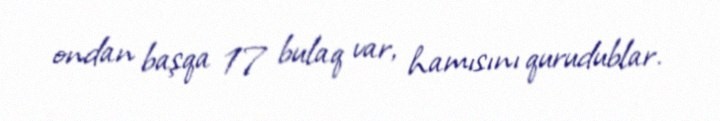
ondan başqa 17 bulaq var, hamısını qurudublar.